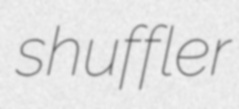
shuffler